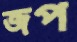
জপ